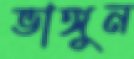
ভাঙ্গুন